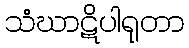
သံဃာဋိပါရုတာ